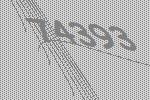
74393